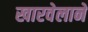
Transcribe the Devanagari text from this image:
खारवेलाने